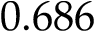
0 . 6 8 6